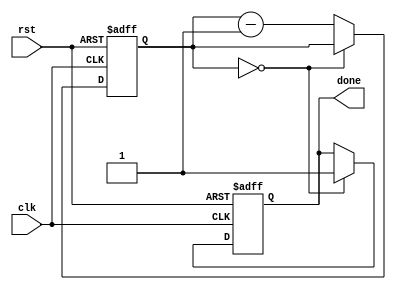
module decremental_for_loop(
    input clk,
    input rst,
    output reg done
);

reg [7:0] counter;

always @(posedge clk or posedge rst) begin
    if (rst) begin
        counter <= 8'b11111111; // Initial value for the loop counter
        done <= 0;
    end else begin
        if (counter == 8'b00000000) begin
            done <= 1;
        end else begin
            counter <= counter - 1; // Decrement operation
        end
    end
end

endmodule